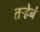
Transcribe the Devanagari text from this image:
तर्‍हेनं